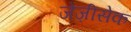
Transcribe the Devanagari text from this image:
जेज़ीसेक